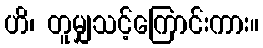
ဟိ၊ တူမျှသင့်ကြောင်းကား။